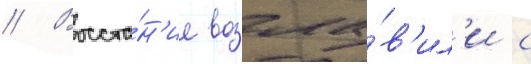
// Восста́н'ие возгла́в'ил'и с